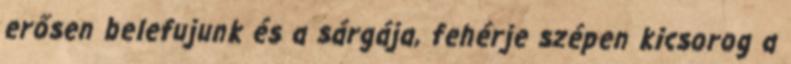
erősen belefujunk és a sárgája, fehérje szépen kicsorog a